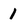
Character: 1